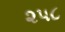
૨૫૮